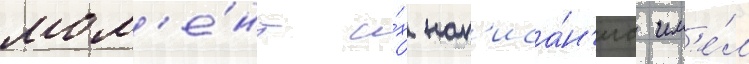
мом'е́нт и́х нап'иса́н'иа им'е́л